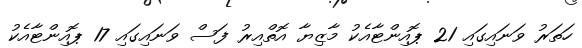
ހަތަރު ވަނައިގައި 21 ޕޮއިންޓާއެކު މާޒިޔާ އޮތްއިރު ފަސް ވަނައިގައި 17 ޕޮއިންޓާއެކު